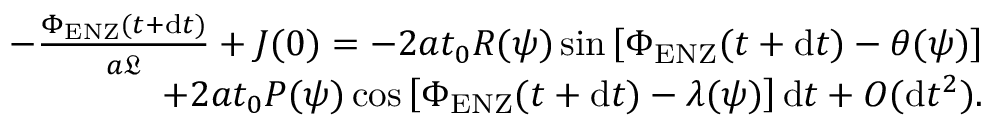
\begin{array} { r } { - \frac { \Phi _ { \mathrm { E N Z } } ( t + \mathrm { d } t ) } { a \mathfrak { L } } + J ( 0 ) = - 2 a t _ { 0 } R ( \psi ) \sin \left[ \Phi _ { \mathrm { E N Z } } ( t + \mathrm { d } t ) - \theta ( \psi ) \right] } \\ { + 2 a t _ { 0 } P ( \psi ) \cos \left[ \Phi _ { \mathrm { E N Z } } ( t + \mathrm { d } t ) - \lambda ( \psi ) \right] \mathrm { d } t + O ( \mathrm { d } t ^ { 2 } ) . } \end{array}